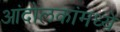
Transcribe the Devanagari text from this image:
आंदोलकांमध्ये